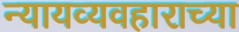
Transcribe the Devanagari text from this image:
न्यायव्यवहाराच्या